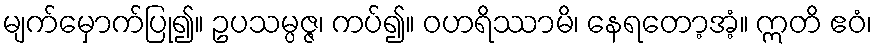
မျက်မှောက်ပြု၍။ ဥပသမ္ပဇ္ဇ၊ ကပ်၍။ ဝဟရိဿာမိ၊ နေရတော့အံ့။ ဣတိ ဧဝံ၊